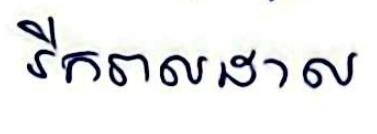
រីករាលដាល